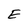
Character: E